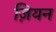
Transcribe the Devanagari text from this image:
ज़ियन